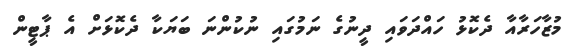
މުޒާހަރާއާ ދެކޮޅު ހައްދަވައި ދީނުގެ ނަމުގައި ނުކުންނަ ބަޔަކާ ދެކޮޅަށް އެ ޕާޓީން